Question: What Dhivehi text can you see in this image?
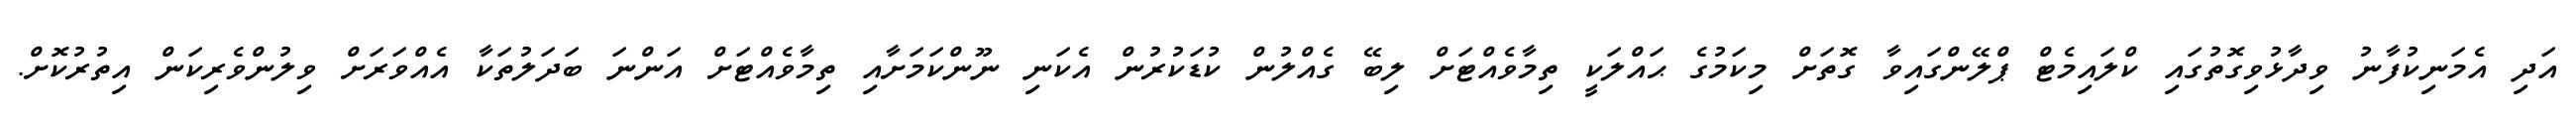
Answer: އަދި އެމަނިކުފާނު ވިދާޅުވިގޮތުގައި ކްލައިމެޓް ޕްލޭންގައިވާ ގޮތަށް މިކަމުގެ ޙައްލަކީ ތިމާވެއްޓަށް ލިބޭ ގެއްލުން ކުޑަކުރުން އެކަނި ނޫންކަމަށާއި ތިމާވެއްޓަށް އަންނަ ބަދަލުތަކާ އެއްވަރަށް ވިލުންވެރިކަން އިތުރުކޮށް.